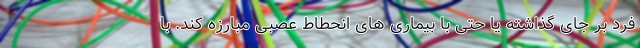
فرد بر جای گذاشته یا حتی با بیماری های انحطاط عصبی مبارزه کند. با